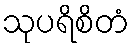
သုပရိစိတံ